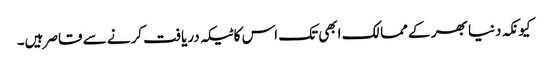
کیونکہ دنیا بھر کے ممالک ابھی تک اس کا ٹیکہ دریافت کرنے سے قاصر ہیں۔